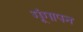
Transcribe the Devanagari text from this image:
गूंगापन